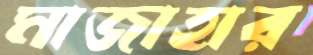
মাজাহার